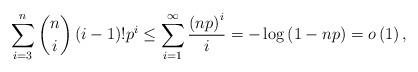
LaTeX: \begin{align*}\sum_{i=3}^{n}\binom{n}{i}\left(i-1\right)!p^{i}\le\sum_{i=1}^{\infty}\frac{\left(np\right)^{i}}{i}=-\log\left(1-np\right)=o\left(1\right),\end{align*}